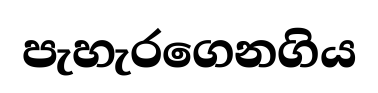
පැහැරගෙනගිය